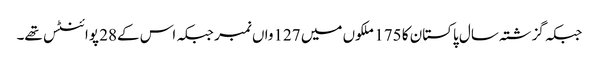
جبکہ گزشتہ سال پاکستان کا 175 ملکوں میں 127واں نمبر جبکہ اس کے28 پوائنٹس تھے۔